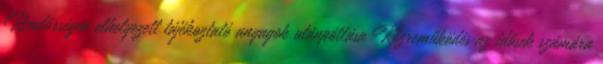
Rendőrségen elhelyezett tájékoztató anyagok utánpótlása Közreműködés az idősek számára